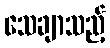
သေချာသည့်